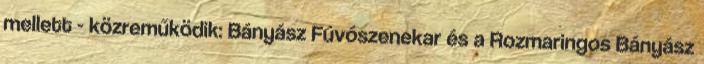
mellett - közreműködik: Bányász Fúvószenekar és a Rozmaringos Bányász